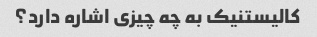
کالیستنیک به چه چیزی اشاره دارد؟